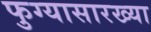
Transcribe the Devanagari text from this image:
फुग्यासारख्या